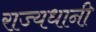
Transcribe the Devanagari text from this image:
राज्यधानी